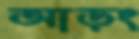
আড়ং